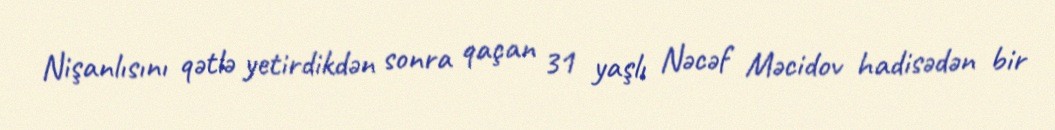
Nişanlısını qətlə yetirdikdən sonra qaçan 31 yaşlı Nəcəf Məcidov hadisədən bir